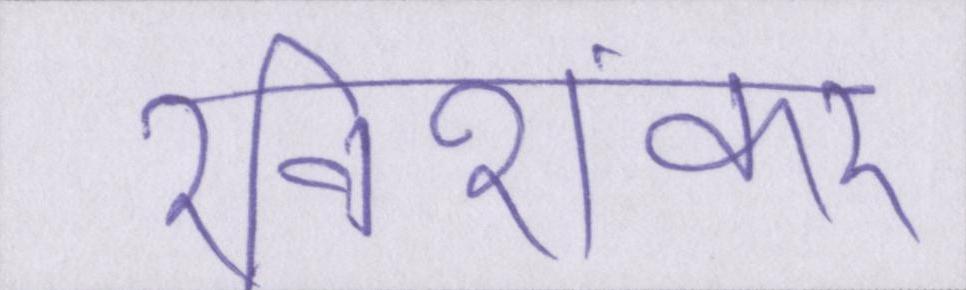
रविशंकर